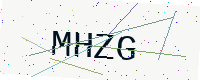
Text: MHZG